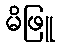
မိဖြူ